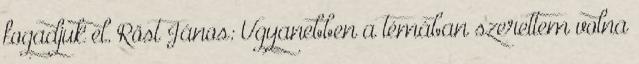
fogadjuk el. Röst János: Ugyanebben a témában szerettem volna